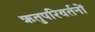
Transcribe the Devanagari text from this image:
ऋतुपरिवर्तनों